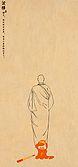
故人何不返，春华复应晚。